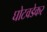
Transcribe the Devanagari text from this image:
घोटवडेकर